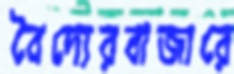
বৈদ্যেরবাজারে